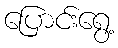
ပြောင်းရွေ့